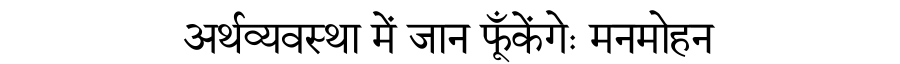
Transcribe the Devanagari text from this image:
अर्थव्यवस्था में जान फूँकेंगेः मनमोहन